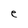
Character: e